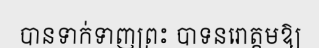
បានទាក់ទាញព្រះ បាទនរោត្តមឱ្យ